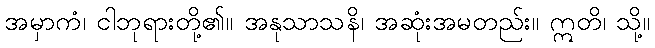
အမှာကံ၊ ငါဘုရားတို့၏။ အနုသာသနိ၊ အဆုံးအမတည်း။ ဣတိ၊ သို့။